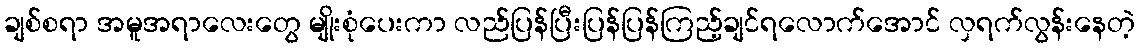
ချစ်စရာ အမူအရာလေးတွေ မျိုးစုံပေးကာ လည်ပြန်ပြီးပြန်ပြန်ကြည့်ချင်ရလောက်အောင် လှရက်လွန်းနေတဲ့